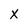
Character: X